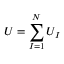
U = \sum _ { I = 1 } ^ { N } U _ { I }